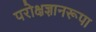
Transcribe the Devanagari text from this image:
परोक्षज्ञानरूपा